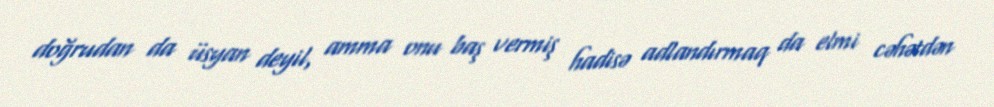
doğrudan da üsyan deyil, amma onu baş vermiş hadisə adlandırmaq da elmi cəhətdən